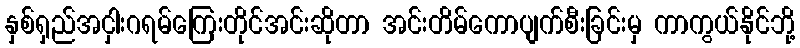
နှစ်ရှည်အငှါးဂရမ်ကြေးတိုင်အင်းဆိုတာ အင်းတိမ်ကောပျက်စီးခြင်းမှ ကာကွယ်နိုင်ဘို့